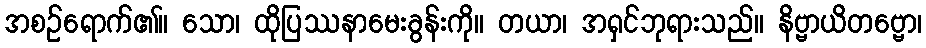
အစဉ်ရောက်၏။ သော၊ ထိုပြဿနာမေးခွန်းကို။ တယာ၊ အရှင်ဘုရားသည်။ နိဗ္ဗာယိတဗ္ဗော၊